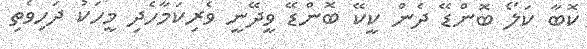
ކޮބާ ކަލޯ ބޮންޑޭ ދެން ކީކޭ ބޮންޑޭ ވީދޭނީ ވެރިކަމާހެދި މީހަކު ދަހިވެތި